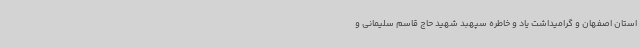
استان اصفهان و گرامیداشت یاد و خاطره سپهبد شهید حاج قاسم سلیمانی و